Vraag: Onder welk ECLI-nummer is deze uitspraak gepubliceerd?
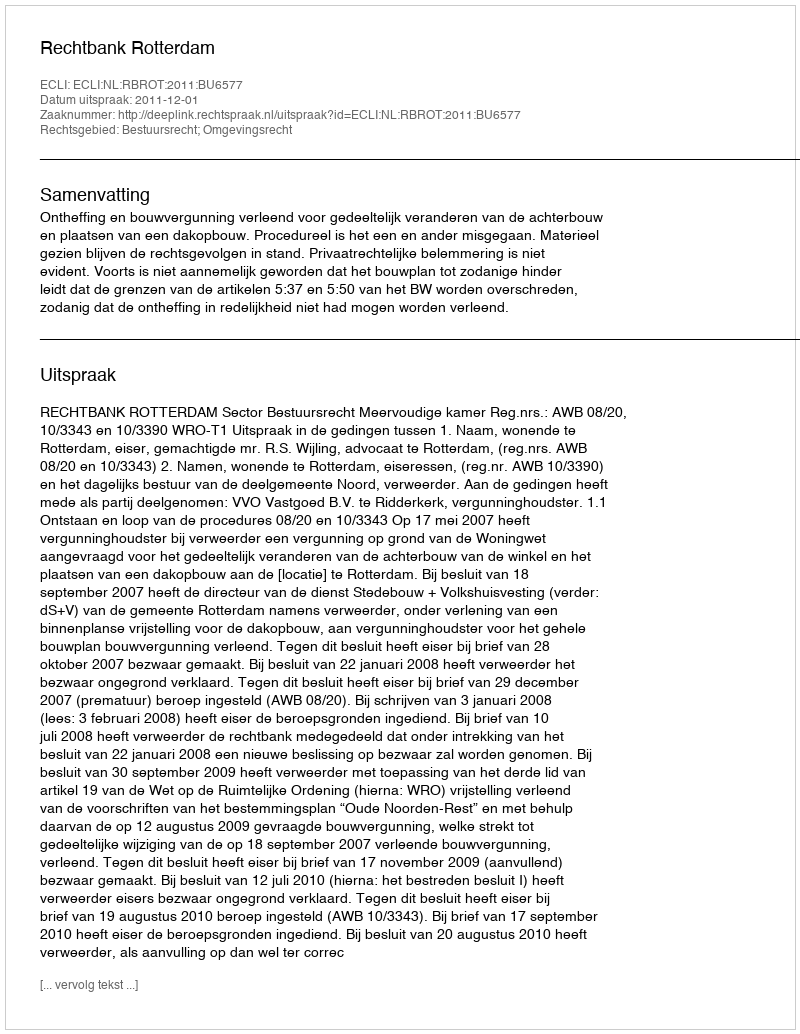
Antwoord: ECLI:NL:RBROT:2011:BU6577